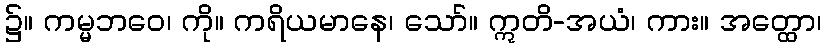
၌။ ကမ္မဘဝေ၊ ကို။ ကရိယမာနေ၊ သော်။ ဣတိ-အယံ၊ ကား။ အတ္ထော၊